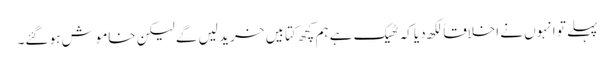
پہلے تو انہوں نے اخلاقاً لکھ دیا کہ ٹھیک ہے ہم کچھ کتابیں خرید لیں گے لیکن خاموش ہو گئے۔